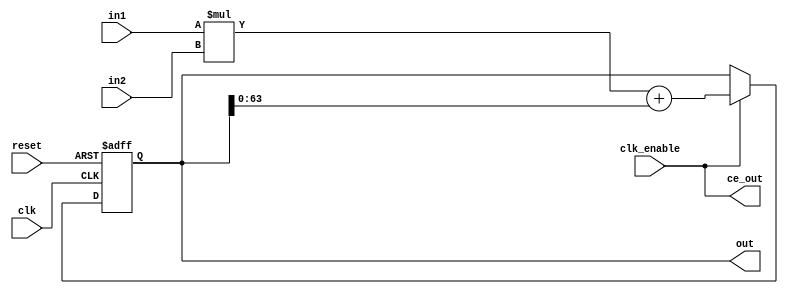
// -------------------------------------------------------------
// 
// 
// Generated by MATLAB 9.13 and HDL Coder 4.0
// 
// 
// -- -------------------------------------------------------------
// -- Rate and Clocking Details
// -- -------------------------------------------------------------
// Model base rate: 0.2
// Target subsystem base rate: 0.2
// 
// 
// Clock Enable  Sample Time
// -- -------------------------------------------------------------
// ce_out        0.2
// -- -------------------------------------------------------------
// 
// 
// Output Signal                 Clock Enable  Sample Time
// -- -------------------------------------------------------------
// out                           ce_out        0.2
// -- -------------------------------------------------------------
// 
// -------------------------------------------------------------


// -------------------------------------------------------------
// 
// Module: HDL_DUT
// Source Path: MAC_single/HDL_DUT
// Hierarchy Level: 0
// 
// -------------------------------------------------------------

`timescale 1 ns / 1 ns

module HDL_DUT
          (clk,
           reset,
           clk_enable,
           in1,
           in2,
           ce_out,
           out);


  input   clk;
  input   reset;
  input   clk_enable;
  input   signed [31:0] in1;  // sfix32_En8
  input   signed [31:0] in2;  // sfix32_En8
  output  ce_out;
  output  signed [64:0] out;  // sfix65_En16


  wire enb;
  wire signed [63:0] Dot_Product_out1;  // sfix64_En16
  reg signed [64:0] Memory_out1;  // sfix65_En16
  wire signed [63:0] Data_Type_Conversion_out1;  // sfix64_En16
  wire signed [64:0] Add_add_cast;  // sfix65_En16
  wire signed [64:0] Add_add_cast_1;  // sfix65_En16
  wire signed [64:0] Add_out1;  // sfix65_En16


  assign Dot_Product_out1 = in1 * in2;



  assign enb = clk_enable;

  assign Data_Type_Conversion_out1 = Memory_out1[63:0];



  assign Add_add_cast = {Dot_Product_out1[63], Dot_Product_out1};
  assign Add_add_cast_1 = {Data_Type_Conversion_out1[63], Data_Type_Conversion_out1};
  assign Add_out1 = Add_add_cast + Add_add_cast_1;



  always @(posedge clk or posedge reset)
    begin : Memory_process
      if (reset == 1'b1) begin
        Memory_out1 <= 65'sh00000000000000000;
      end
      else begin
        if (enb) begin
          Memory_out1 <= Add_out1;
        end
      end
    end



  assign out = Memory_out1;

  assign ce_out = clk_enable;

endmodule  // HDL_DUT